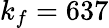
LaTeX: k_{f}=637